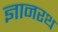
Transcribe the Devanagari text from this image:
ज्ञानरथ